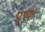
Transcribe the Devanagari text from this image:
पुष्य।